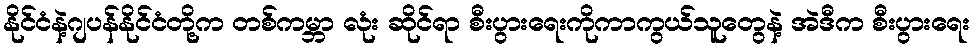
နိုင်ငံနဲ့ဂျပန်နိုင်ငံတို့က တစ်ကမ္ဘာ လုံး ဆိုင်ရာ စီးပွားရေးကိုကာကွယ်သူတွေနဲ့ အဲဒီက စီးပွားရေး